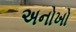
અનોખો